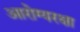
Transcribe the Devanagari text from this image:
आरोग्यरक्षा